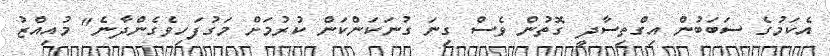
އެކަމުގެ ސަބަބުން އިގްތިސާދީ ގޮތުން ވެސް ގިނަ ގުނަކަންކަން ކުރުމަށް މަގުފަހިވެގެންދާނެ" މުއިއްޒު